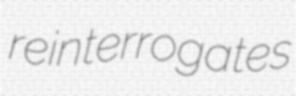
reinterrogates